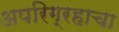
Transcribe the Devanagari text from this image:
अपरिग्रहाचा